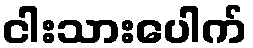
ငါးသားပေါက်